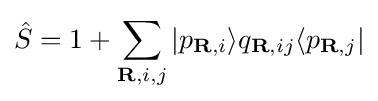
{\hat {S}}=1+\sum _{\mathbf {R} ,i,j}|p_{\mathbf {R} ,i}\rangle q_{\mathbf {R} ,ij}\langle p_{\mathbf {R} ,j}|